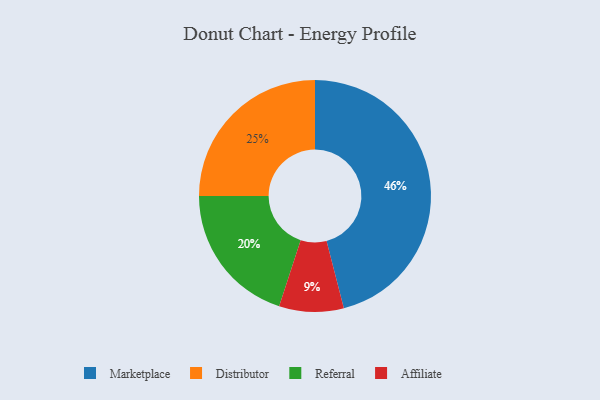
{"axis": {"x": "Category", "y": "Percentage"}, "legend": ["Affiliate", "Distributor", "Marketplace", "Referral"], "data": [{"x": "Marketplace", "y": 46, "type": "Marketplace"}, {"x": "Affiliate", "y": 9, "type": "Affiliate"}, {"x": "Referral", "y": 20, "type": "Referral"}, {"x": "Distributor", "y": 25, "type": "Distributor"}]}